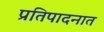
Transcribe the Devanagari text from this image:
प्रतिपादनात